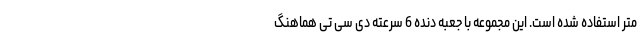
متر استفاده شده است. این مجموعه با جعبه دنده 6 سرعته دی سی تی هماهنگ